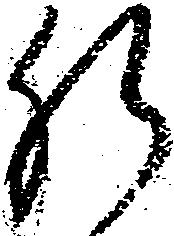
肝